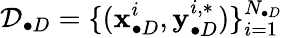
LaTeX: \mathcal{D}_{\bullet D}=\{ (\mathbf{x}_{\bullet D}^{i},\mathbf{y}_{\bullet D}^{i,*})\} _{i=1}^{N_{\bullet D}}